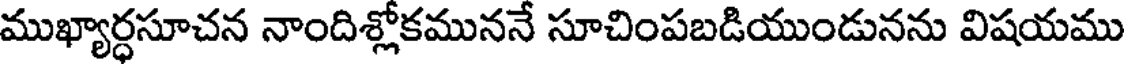
ముఖ్యార్ధసూచన నాందిశ్లోకముననే సూచింపబడియుండునను విషయము